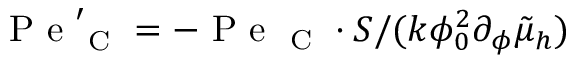
\mathrm { ~ P ~ e ~ } _ { \mathrm { ~ C ~ } } ^ { \prime } = - \mathrm { ~ P ~ e ~ } _ { \mathrm { ~ C ~ } } \cdot S / ( k \phi _ { 0 } ^ { 2 } \partial _ { \phi } \tilde { \mu } _ { h } )